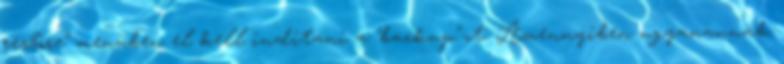
restore" menüben el kell indítani a "backup"-ot. Amennyiben ugyanannak